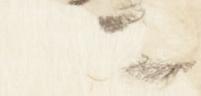
卿